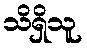
သိရှိသူ